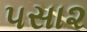
૫સા૨